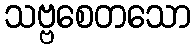
သဗ္ဗစေတသော